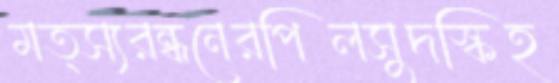
মত্স্যরন্ধনেরপিলসুদস্কিহ